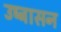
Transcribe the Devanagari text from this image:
उष्ट्रासन